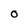
Character: 0